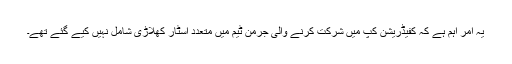
یہ امر اہم ہے کہ کفیڈریشن کپ میں شرکت کرنے والی جرمن ٹیم میں متعدد اسٹار کھلاڑی شامل نہیں کیے گئے تھے۔